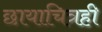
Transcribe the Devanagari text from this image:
छायाचित्रही